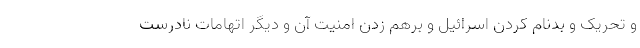
و تحریک و بدنام کردن اسرائیل و برهم زدن امنیت آن و دیگر اتهامات نادرست